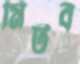
মিটব